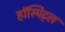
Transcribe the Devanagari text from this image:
हॉस्पिट्ल